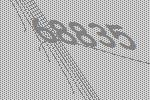
68835